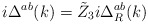
\begin{align*}i\Delta ^{ab}(k)=\tilde Z_3i\Delta _R^{ab}(k)\end{align*}